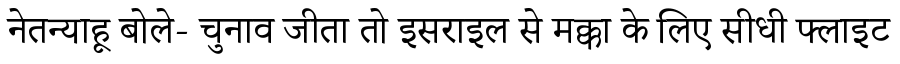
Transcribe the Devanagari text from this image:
नेतन्याहू बोले- चुनाव जीता तो इसराइल से मक्का के लिए सीधी फ्लाइट